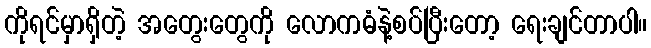
ကိုရင်မှာရှိတဲ့ အတွေးတွေကို လောကဓံနဲ့စပ်ပြီးတော့ ရေးချင်တာပါ။